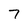
Character: 7